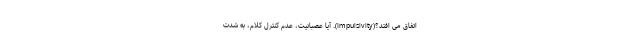
اتفاق می افتد؟(Impulsivity). آیا عصبانیت، عدم کنترل کلام، به شدت